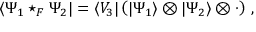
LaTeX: \langle \Psi _ { 1 } \star _ { F } \Psi _ { 2 } | = \langle V _ { 3 } | \left( | \Psi _ { 1 } \rangle \otimes | \Psi _ { 2 } \rangle \otimes \cdot \right) \, ,